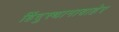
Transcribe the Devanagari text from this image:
हिंदुस्थानाबाहेर